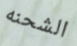
الشحنه